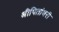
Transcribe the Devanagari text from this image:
श्रीपितांबरी